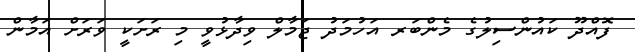
ފޮއްދޫ ކައުންސިލުގެ މެންބަރ އަހުމަދު ޖަމާލް ވިދާޅުވީ މި ރަށަކީ ވަރަށް އަމާން